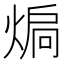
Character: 𭵚